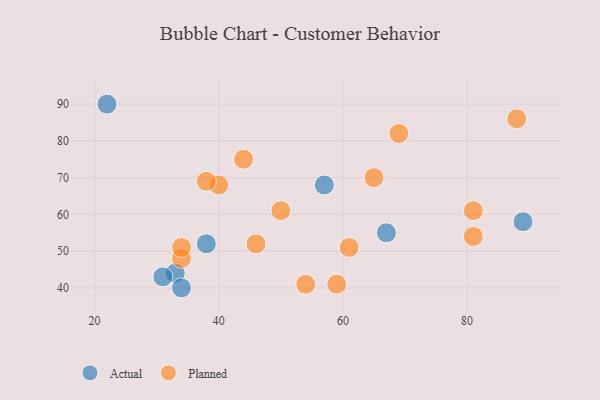
{"axis": {"x": "GDP", "y": "Life Expectancy"}, "legend": ["Actual", "Planned"], "data": [{"x": "33", "y": 44, "type": "Actual"}, {"x": "31", "y": 43, "type": "Actual"}, {"x": "22", "y": 90, "type": "Actual"}, {"x": "34", "y": 40, "type": "Actual"}, {"x": "57", "y": 68, "type": "Actual"}, {"x": "67", "y": 55, "type": "Actual"}, {"x": "38", "y": 52, "type": "Actual"}, {"x": "89", "y": 58, "type": "Actual"}, {"x": "40", "y": 68, "type": "Planned"}, {"x": "59", "y": 41, "type": "Planned"}, {"x": "34", "y": 48, "type": "Planned"}, {"x": "44", "y": 75, "type": "Planned"}, {"x": "81", "y": 54, "type": "Planned"}, {"x": "38", "y": 69, "type": "Planned"}, {"x": "61", "y": 51, "type": "Planned"}, {"x": "50", "y": 61, "type": "Planned"}, {"x": "65", "y": 70, "type": "Planned"}, {"x": "54", "y": 41, "type": "Planned"}, {"x": "46", "y": 52, "type": "Planned"}, {"x": "34", "y": 51, "type": "Planned"}, {"x": "88", "y": 86, "type": "Planned"}, {"x": "81", "y": 61, "type": "Planned"}, {"x": "69", "y": 82, "type": "Planned"}]}